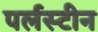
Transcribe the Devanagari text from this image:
पर्लस्टीन